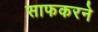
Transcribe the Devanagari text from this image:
साफकरने